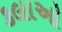
કલાઓ